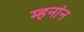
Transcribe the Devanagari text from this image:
म्हनांन